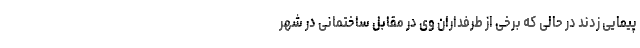
پیمایی زدند در حالی که برخی از طرفداران وی در مقابل ساختمانی در شهر